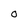
Character: O